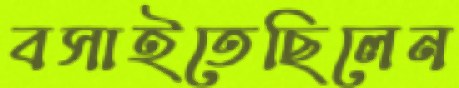
বসাইতেছিলেন